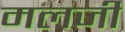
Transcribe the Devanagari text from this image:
मलजी